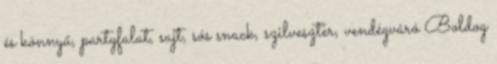
és könnyű, partyfalat, sajt, sós snack, szilveszter, vendégváró Boldog